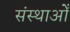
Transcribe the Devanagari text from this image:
संस्थाओँ